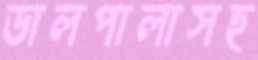
ডালপালাসহ